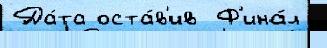
Да́та оста́в'ив  Ф'ина́л